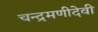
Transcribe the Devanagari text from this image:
चन्द्रमणीदेवी